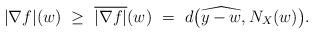
LaTeX: \begin{align*}|\nabla f|(w) ~\ge~ \overline{|\nabla f|}(w) ~=~ d \big(\widehat{y-w},N_X(w)\big).\end{align*}